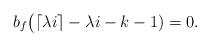
LaTeX: \begin{align*}b_f\big(\lceil \lambda i\rceil-\lambda i-k-1)=0. \end{align*}